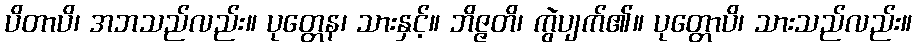
ပိတာပိ၊ အဘသည်လည်း။ ပုတ္တေန၊ သားနှင့်။ ဘိဇ္ဇတိ၊ ကွဲပျက်၏။ ပုတ္တောပိ၊ သားသည်လည်း။